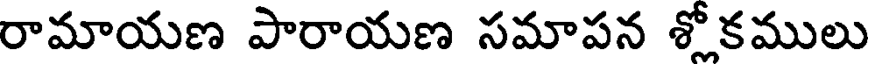
రామాయణ పారాయణ సమాపన శోకములు